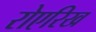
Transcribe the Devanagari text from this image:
रोएरिख